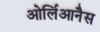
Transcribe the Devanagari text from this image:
ओर्लिआनैस